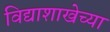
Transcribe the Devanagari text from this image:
विद्याशाखेच्या